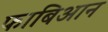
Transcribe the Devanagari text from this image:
फाबिआन